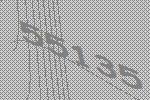
55135